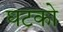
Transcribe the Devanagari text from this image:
घटको